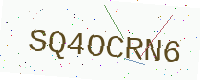
Text: SQ4OCRN6